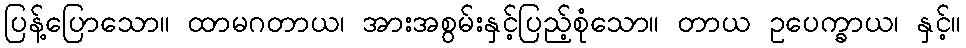
ပြန့်ပြောသော။ ထာမဂတာယ၊ အားအစွမ်းနှင့်ပြည့်စုံသော။ တာယ ဥပေက္ခာယ၊ နှင့်။